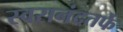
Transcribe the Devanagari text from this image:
स्वरानंदतर्फे